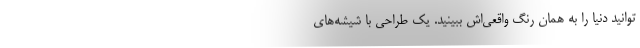
‌توانید دنیا را به همان رنگ واقعی‌اش ببینید. یک طراحی با شیشه‌های